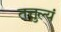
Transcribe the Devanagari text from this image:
तत्तुल्यं